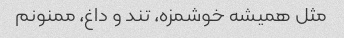
مثل همیشه خوشمزه، تند و داغ، ممنونم